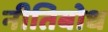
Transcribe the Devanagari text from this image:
नीतिबोध